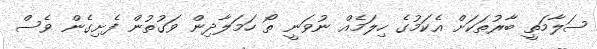
ސަލާމަތީ ބާރުތަަކަށް އެކަމުގެ ހިލަމެއް ނުވަނީ ތޯ ހަމަލާދިން ވަގުތުން ފެށިގެން ވެސް